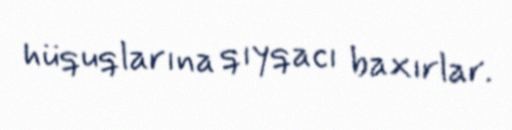
hüquqlarına qıyqacı baxırlar.